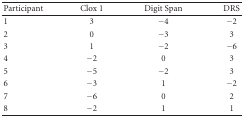
| Participant | Clox 1 | Digit Span | DRS |
 | --- | --- | --- | --- |
 | 1 | 3 | −4 | −2 |
 | 2 | 0 | −3 | 3 |
 | 3 | 1 | −2 | −6 |
 | 4 | −2 | 0 | 3 |
 | 5 | −5 | −2 | 3 |
 | 6 | −3 | 1 | −2 |
 | 7 | −6 | 0 | 2 |
 | 8 | −2 | 1 | 1 |